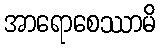
အာရောစေဿာမိ